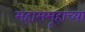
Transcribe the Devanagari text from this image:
महासमूहाच्या